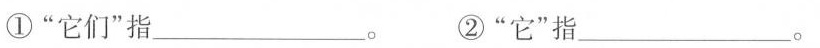
①“它们”指_________。②“它”指 _________ 。